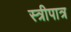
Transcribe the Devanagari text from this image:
स्त्रीपात्र